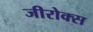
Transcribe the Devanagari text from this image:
जीरोक्स